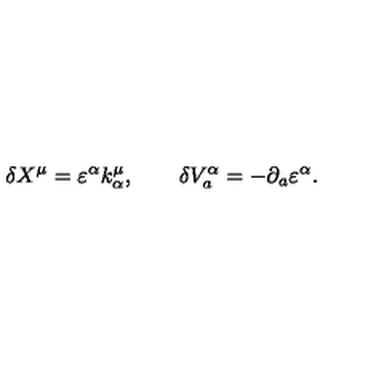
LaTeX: \delta X ^ { \mu } = \varepsilon ^ { \alpha } k _ { \alpha } ^ { \mu } , \qquad \delta V _ { a } ^ { \alpha } = - \partial _ { a } \varepsilon ^ { \alpha } .